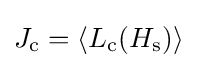
J_{\text{c}}=\langle L_{\text{c}}(H_{\text{s}})\rangle